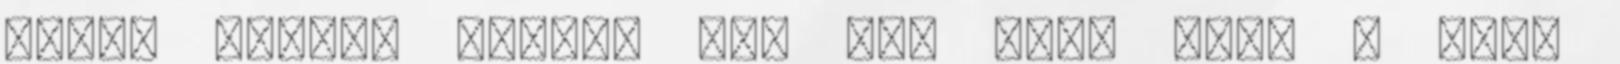
fogy. Persze mindig van ami nem, hisz a piac